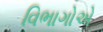
વિભાગોએ